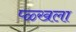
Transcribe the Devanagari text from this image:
प्ळ्खला